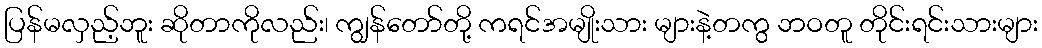
ပြန်မလှည့်ဘူး ဆိုတာကိုလည်း၊ ကျွန်တော်တို့ ကရင်အမျိုးသား များနဲ့တကွ ဘဝတူ တိုင်းရင်းသားများ